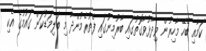
ކަމާއި ބެހޭ މާހިރުން ވިދާޅުވާގޮތުގައި ބާރުމިނުގައި ފެތުރެމުންދާ މި ބަލިމަޑުކަން ގައުމުގެ އެކި